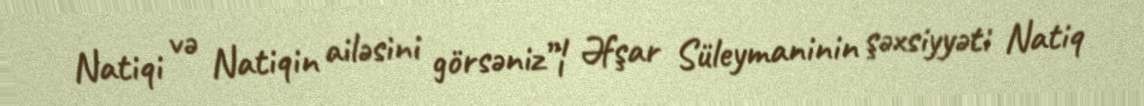
Natiqi və Natiqin ailəsini görsəniz”¦ Əfşar Süleymaninin şəxsiyyəti Natiq